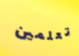
تعلمين